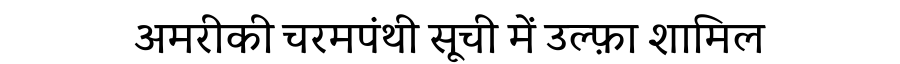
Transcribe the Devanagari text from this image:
अमरीकी चरमपंथी सूची में उल्फ़ा शामिल